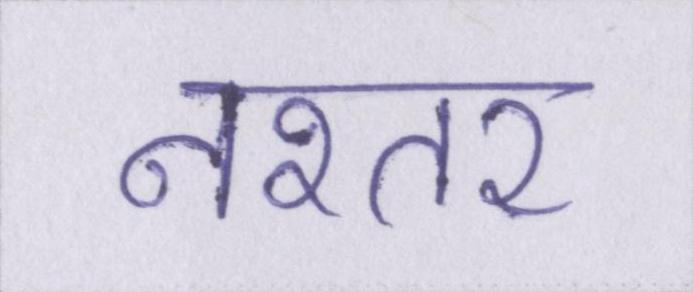
नश्तर